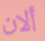
ألان